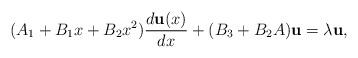
LaTeX: \begin{align*}(A_1+B_1x+B_2x^2){d{\bf u}(x)\over dx} + (B_3 + B_2 A){\bf u}=\lambda {\bf u},\end{align*}